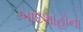
બાદશાહોના